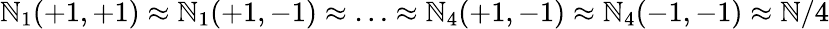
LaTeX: \mathbb{N}_{1}(+1,+1)\approx\mathbb{N}_{1}(+1,-1)\approx\ldots\approx\mathbb{N}_{4}(+1,-1)\approx\mathbb{N}_{4}(-1,-1)\approx{\mathbb{N}/4}